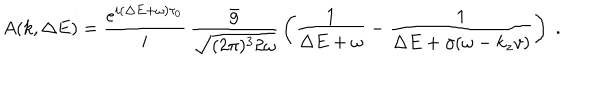
A ( k , \Delta E ) = \frac { e ^ { i ( \Delta E + \omega ) \tau _ { 0 } } } { i } \, \frac { \bar { g } } { \sqrt { ( 2 \pi ) ^ { 3 } 2 \omega } } \, \left( \frac { 1 } { \Delta E + \omega } - \frac { 1 } { \Delta E + \gamma ( \omega - k _ { z } v ) } \right) \; .